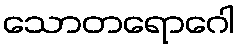
သောတရောဂေါ